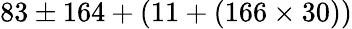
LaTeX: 83\pm 164+(11+(166\times 30))